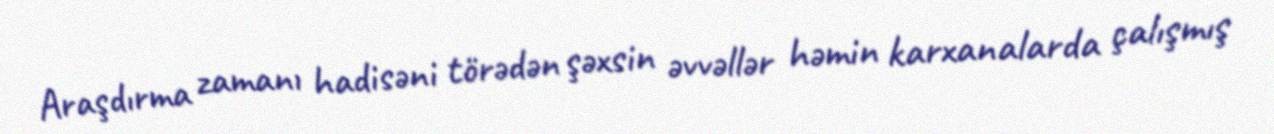
Araşdırma zamanı hadisəni törədən şəxsin əvvəllər həmin karxanalarda çalışmış